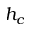
h _ { c }